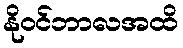
နိုဝင်ဘာလအထိ